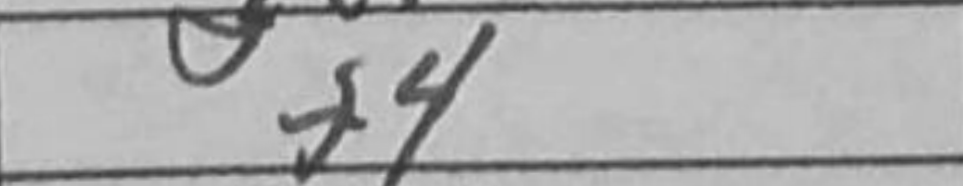
Transcription: f4